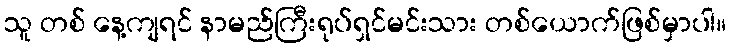
သူ တစ် နေ့ကျရင် နာမည်ကြီးရုပ်ရှင်မင်းသား တစ်ယောက်ဖြစ်မှာပါ။